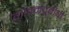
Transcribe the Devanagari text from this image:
गौतमपूर्वीची